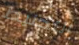
التحنيط